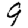
Digit: 9